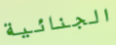
الجنائية